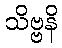
သိဗ္ဗနိ